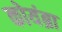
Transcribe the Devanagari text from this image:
कोयंब्रा